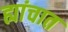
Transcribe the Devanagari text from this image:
ह्यांचात